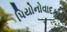
પિયોનોવાદકના